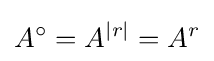
A^{\circ }=A^{|r|}=A^{r}